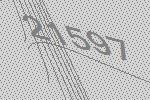
21597